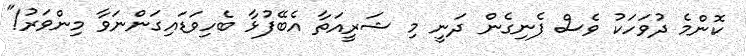
ކޮންމެ ދުވަހަކު ވެސް ފެނިގެން ދަނީ މި ޝަރީއަތާ އެބޭފުޅާ ބެހިވަޑައިގަންނަވާ މިންވަރު!"